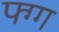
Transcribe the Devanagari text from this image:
फ्ग्ग